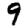
Digit: 9